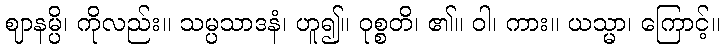
ဈာနမ္ပိ၊ ကိုလည်း။ သမ္ပသာဒနံ၊ ဟူ၍။ ဝုစ္စတိ၊ ၏။ ဝါ၊ ကား။ ယသ္မာ၊ ကြောင့်။